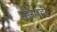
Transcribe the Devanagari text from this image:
म्हरपडी